Regulations for the medical services of the Army of India
Year: 1930
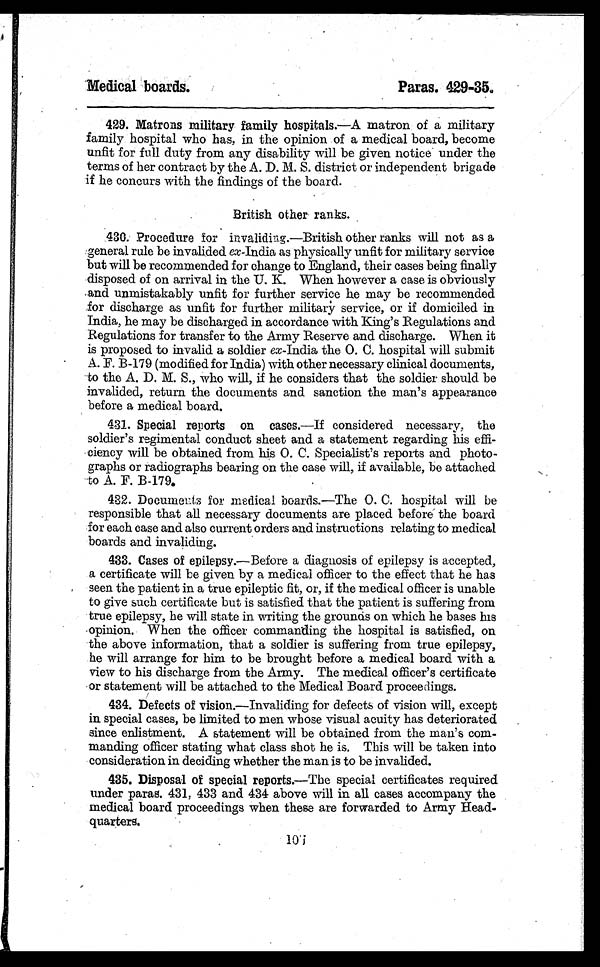
Medical boards.
Paras. 429-35.
429. Matrons military family hospitals.—A matron of a military
family hospital who has, in the opinion of a medical board, become
unfit for full duty from any disability will be given notice under the
terms of her contract by the A. D. M. S. district or independent brigade
if he concurs with the findings of the board.
British other ranks.
430. Procedure for invaliding.—British other ranks will not as a
general rule be invalided ex-India as physically unfit for military service
but will be recommended for change to England, their cases being finally
disposed of on arrival in the U. K. When however a case is obviously
and unmistakably unfit for further service he may be recommended
for discharge as unfit for further military service, or if domiciled in
India, he may be discharged in accordance with King's Regulations and
Regulations for transfer to the Army Reserve and discharge. When it
is proposed to invalid a soldier ex-India the O. C. hospital will submit
A. F. B-179 (modified for India) with other necessary clinical documents,
to the A. D. M. S., who will, if he considers that the soldier should be
invalided, return the documents and sanction the man's appearance
before a medical board.
431. Special reports on cases.—If considered necessary, the
soldier's regimental conduct sheet and a statement regarding his effi-
ciency will be obtained from his O. C. Specialist's reports and photo-
graphs or radiographs bearing on the case will, if available, be attached
to A. F. B-179.
432. Documents for medical boards.—The O. C. hospital will be
responsible that all necessary documents are placed before the board
for each case and also current orders and instructions relating to medical
boards and invaliding.
433. Cases of epilepsy.—Before a diagnosis of epilepsy is accepted,
a certificate will be given by a medical officer to the effect that he has
seen the patient in a true epileptic fit, or, if the medical officer is unable
to give such certificate but is satisfied that the patient is suffering from
true epilepsy, he will state in writing the grounds on which he bases his
opinion. When the officer commanding the hospital is satisfied, on
the above information, that a soldier is suffering from true epilepsy,
he will arrange for him to be brought before a medical board with a
view to his discharge from the Army. The medical officer's certificate
or statement will be attached to the Medical Board proceedings.
434. Defects of vision.—Invaliding for defects of vision will, except
in special cases, be limited to men whose visual acuity has deteriorated
since enlistment. A statement will be obtained from the man's com-
manding officer stating what class shot he is. This will be taken into
consideration in deciding whether the man is to be invalided.
435. Disposal of special reports.—The special certificates required
under paras. 431, 433 and 434 above will in all cases accompany the
medical board proceedings when these are forwarded to Army Head-
quarters.
107